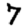
Digit: 7